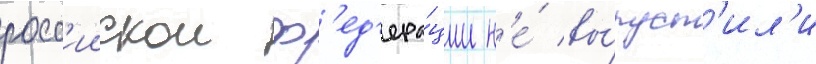
росс'иискои ф'ед'ера́ции н'е́ вы́пуст'ил'и